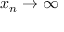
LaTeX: x _ { n } \to \infty